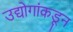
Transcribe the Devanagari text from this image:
उद्योगांकडून